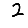
Digit: 2